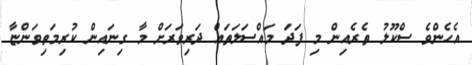
އެހެންވެ ސްކޫލު ތެރެއިން މި ފަދަ މައްސަލަތައް ދަރިވަރަށް މާ ގިނައިން ކުރިމަތިވަންޏާ